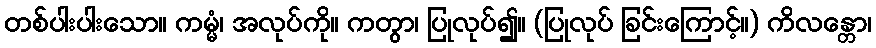
တစ်ပါးပါးသော။ ကမ္မံ၊ အလုပ်ကို။ ကတွာ၊ ပြုလုပ်၍။ (ပြုလုပ် ခြင်းကြောင့်။) ကိလန္တော၊